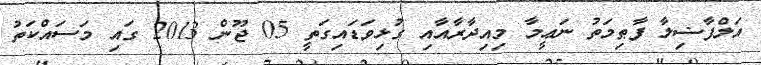
އަލްފާޟިލާ ފާޠިމަތު ނަޢީމާ މިއިދާރާއާއި ގުޅިވަޑައިގަތީ 05 ޖޫން 2013 ގައި މަސައްކަތު